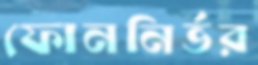
ফোননির্ভর